Annual report of the Prince of Wales Medical College, Patna
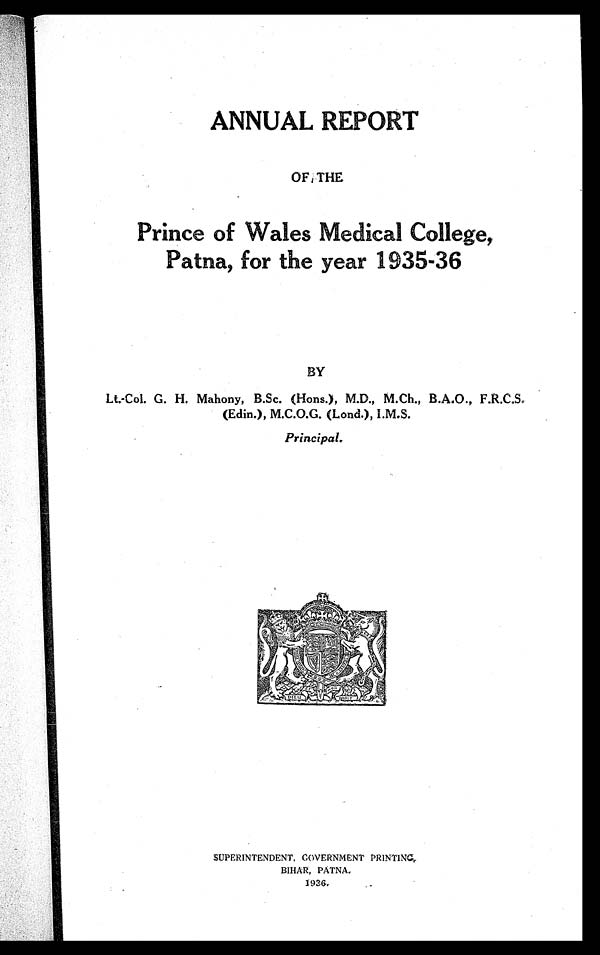
ANNUAL REPORT
OF THE.
Prince of Wales Medical College,
Patna, for the year 1935-36
BY
Lt.-Col. G. H. Mahony, B.Sc. (Hons.), M.D., M.Ch., B.A.O.,
F.R.C.S.
(Edin.), M.C.O.G. (Land.), I.M.S.
Principal.
SUPERINTENDENT, COVERNMENT PRINTING,
BIHAR. PATNA.
3936.